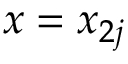
x = x _ { 2 j }